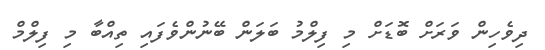
ދިވެހިން ވަރަށް ބޮޑަށް މި ފިލްމު ބަލަން ބޭނުންވެފައި ތިއްބާ މި ފިލްމް